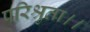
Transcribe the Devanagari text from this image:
परिश्रुता।।